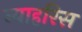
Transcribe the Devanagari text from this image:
न्याहरिस